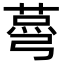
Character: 𦷆